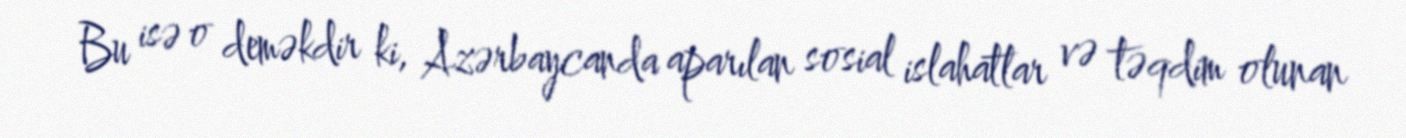
Bu isə o deməkdir ki, Azərbaycanda aparılan sosial islahatlar və təqdim olunan